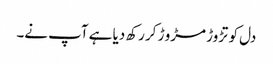
دل کو تڑوڑ مڑو ڑ کر رکھ دیا ہے آپ نے۔